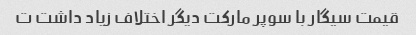
قیمت سیگار با سوپر مارکت دیگر اختلاف زیاد داشت ت